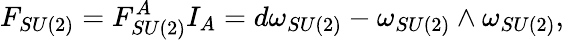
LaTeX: F_{SU(2)}=F_{SU(2)}^{A}I_{A}=d\omega_{SU(2)}-\omega_{SU(2)}\wedge\omega_{SU(2)},